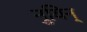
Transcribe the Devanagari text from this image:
नुयिन्